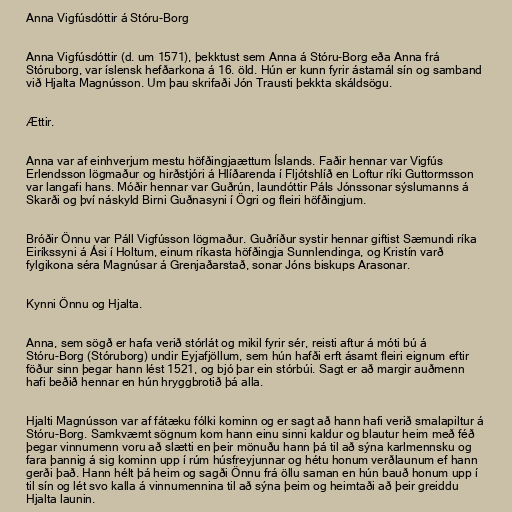
Anna Vigfúsdóttir á Stóru-Borg

Anna Vigfúsdóttir (d. um 1571), þekktust sem Anna á Stóru-Borg eða Anna frá
Stóruborg, var íslensk hefðarkona á 16. öld. Hún er kunn fyrir ástamál sín og samband
við Hjalta Magnússon. Um þau skrifaði Jón Trausti þekkta skáldsögu.

Ættir.

Anna var af einhverjum mestu höfðingjaættum Íslands. Faðir hennar var Vigfús
Erlendsson lögmaður og hirðstjóri á Hlíðarenda í Fljótshlíð en Loftur ríki Guttormsson
var langafi hans. Móðir hennar var Guðrún, laundóttir Páls Jónssonar sýslumanns á
Skarði og því náskyld Birni Guðnasyni í Ögri og fleiri höfðingjum.

Bróðir Önnu var Páll Vigfússon lögmaður. Guðríður systir hennar giftist Sæmundi ríka
Eiríkssyni á Ási í Holtum, einum ríkasta höfðingja Sunnlendinga, og Kristín varð
fylgikona séra Magnúsar á Grenjaðarstað, sonar Jóns biskups Arasonar.

Kynni Önnu og Hjalta.

Anna, sem sögð er hafa verið stórlát og mikil fyrir sér, reisti aftur á móti bú á
Stóru-Borg (Stóruborg) undir Eyjafjöllum, sem hún hafði erft ásamt fleiri eignum eftir
föður sinn þegar hann lést 1521, og bjó þar ein stórbúi. Sagt er að margir auðmenn
hafi beðið hennar en hún hryggbrotið þá alla.

Hjalti Magnússon var af fátæku fólki kominn og er sagt að hann hafi verið smalapiltur á
Stóru-Borg. Samkvæmt sögnum kom hann einu sinni kaldur og blautur heim með féð
þegar vinnumenn voru að slætti en þeir mönuðu hann þá til að sýna karlmennsku og
fara þannig á sig kominn upp í rúm húsfreyjunnar og hétu honum verðlaunum ef hann
gerði það. Hann hélt þá heim og sagði Önnu frá öllu saman en hún bauð honum upp í
til sín og lét svo kalla á vinnumennina til að sýna þeim og heimtaði að þeir greiddu
Hjalta launin.